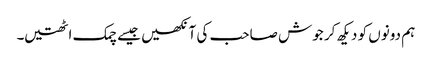
ہم دونوں کو دیکھ کر جوش صاحب کی آنکھیں جیسے چمک اٹھتیں۔